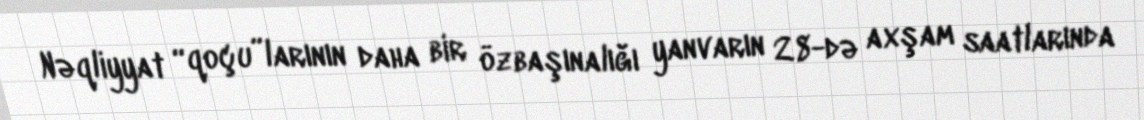
Nəqliyyat “qoçu”larının daha bir özbaşınalığı yanvarın 28-də axşam saatlarında